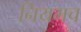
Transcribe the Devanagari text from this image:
नियमच